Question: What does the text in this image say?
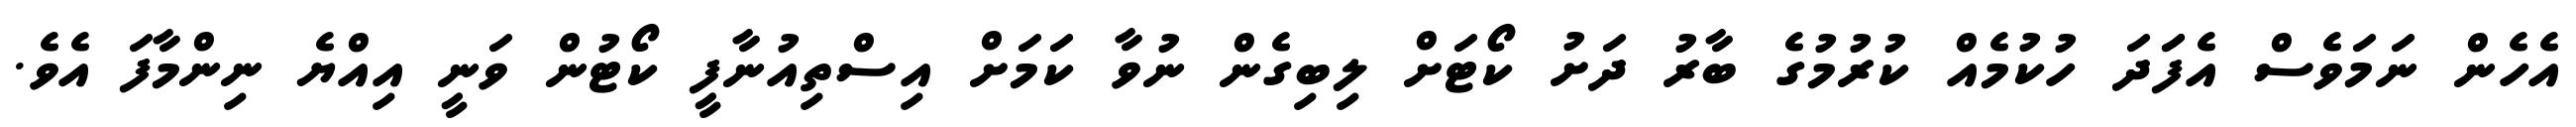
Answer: އެހެން ނަމަވެސް އެފަަދަ ހުކުމެއް ކުރުމުގެ ބާރު ދަށު ކޯޓަށް ލިބިގެން ނުވާ ކަމަށް އިސްތިއުނާފީ ކޯޓުން ވަނީ އިއްޔެ ނިންމާފަ އެވެ.